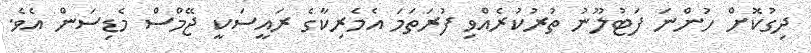
ދިގުކޮށް ހުންނަ ފަޓުލޫނު ތުރުކުރެއްވި ފުރަތަމަ އެމެރިކާގެ ރައީސަކީ ޖޭމްސް މެޑިސަން އެވެ.